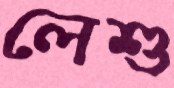
লেশু